Source: Handwritten
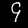
Digit: ၄ (4)